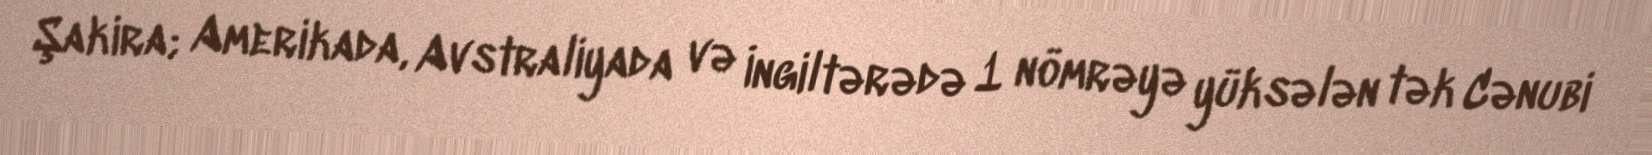
Şakira; Amerikada, Avstraliyada və İngiltərədə 1 nömrəyə yüksələn tək Cənubi